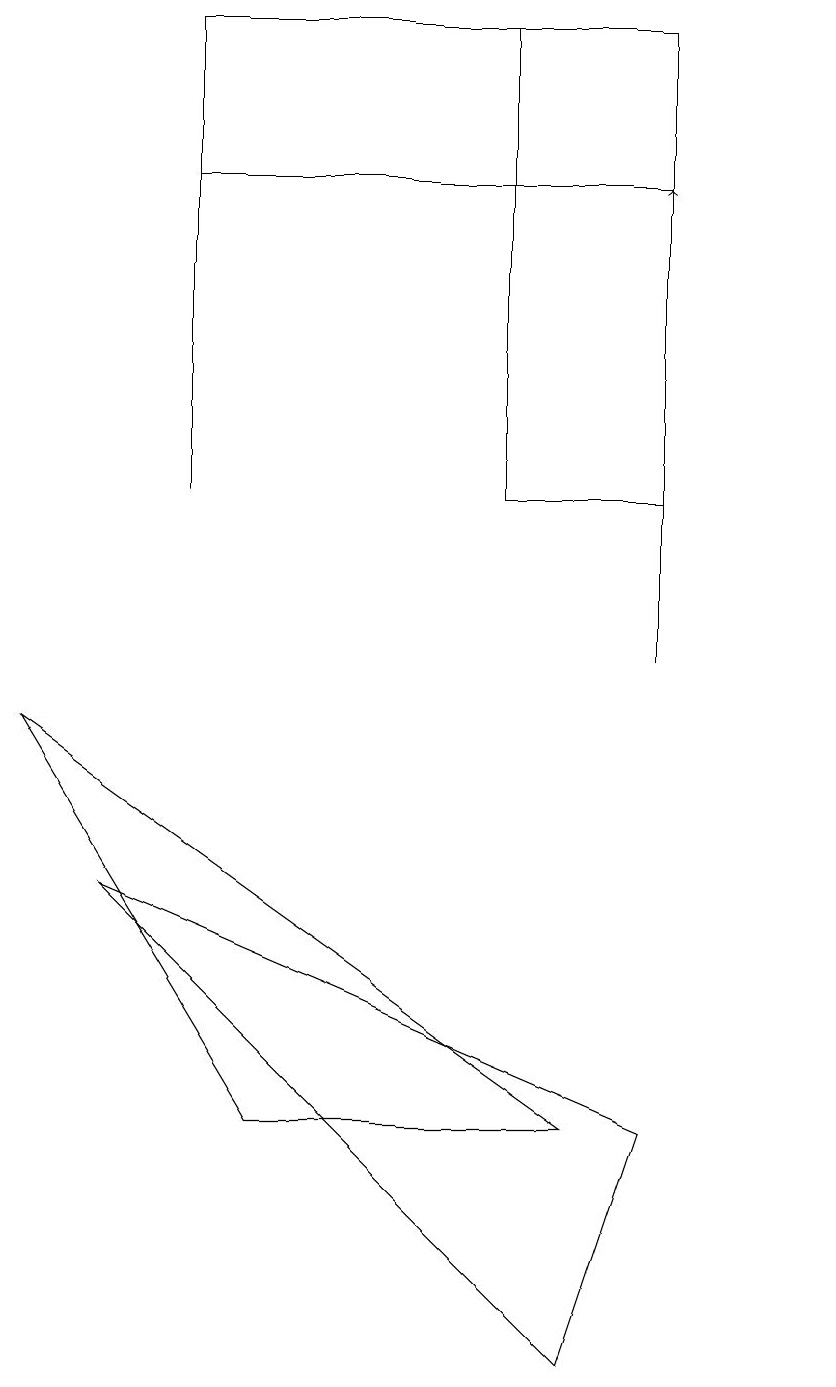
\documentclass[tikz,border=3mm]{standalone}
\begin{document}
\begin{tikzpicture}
\draw (9,16) rectangle (3,18);
\draw[->] (9,10) -- (9,16);
\draw (9,18) rectangle (7,12);
\draw (3,17) rectangle (3,12);
\draw (11,11) circle (0);
\draw (8,1) -- (9,4) -- (2,7) -- cycle;
\draw (8,4) -- (4,4) -- (1,9) -- cycle;
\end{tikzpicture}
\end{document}